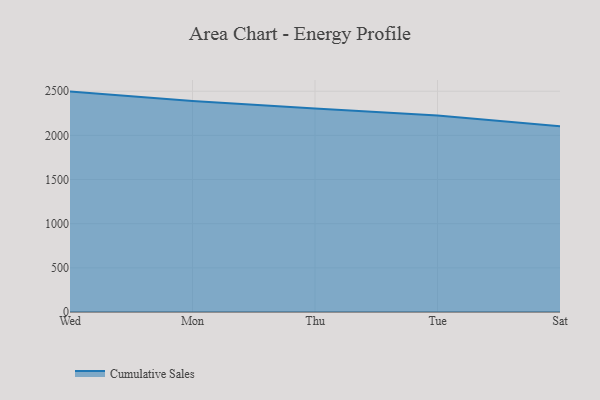
{"axis": {"x": "Day", "y": "Revenue (USD Million)"}, "legend": ["Cumulative Sales"], "data": [{"x": "Wed", "y": 2495.9, "type": "Cumulative Sales"}, {"x": "Mon", "y": 2389.0, "type": "Cumulative Sales"}, {"x": "Thu", "y": 2303.8, "type": "Cumulative Sales"}, {"x": "Tue", "y": 2225.5, "type": "Cumulative Sales"}, {"x": "Sat", "y": 2102.2, "type": "Cumulative Sales"}]}